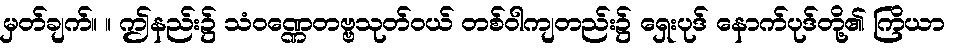
မှတ်ချက်။ ။ ဤနည်း၌ သံဝဏ္ဏေတဗ္ဗသုတ်ဝယ် တစ်ဝါကျတည်း၌ ရှေးပုဒ် နောက်ပုဒ်တို့၏ ကြိယာ